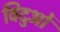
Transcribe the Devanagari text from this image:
विदुओं